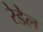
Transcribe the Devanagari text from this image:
रेडेल